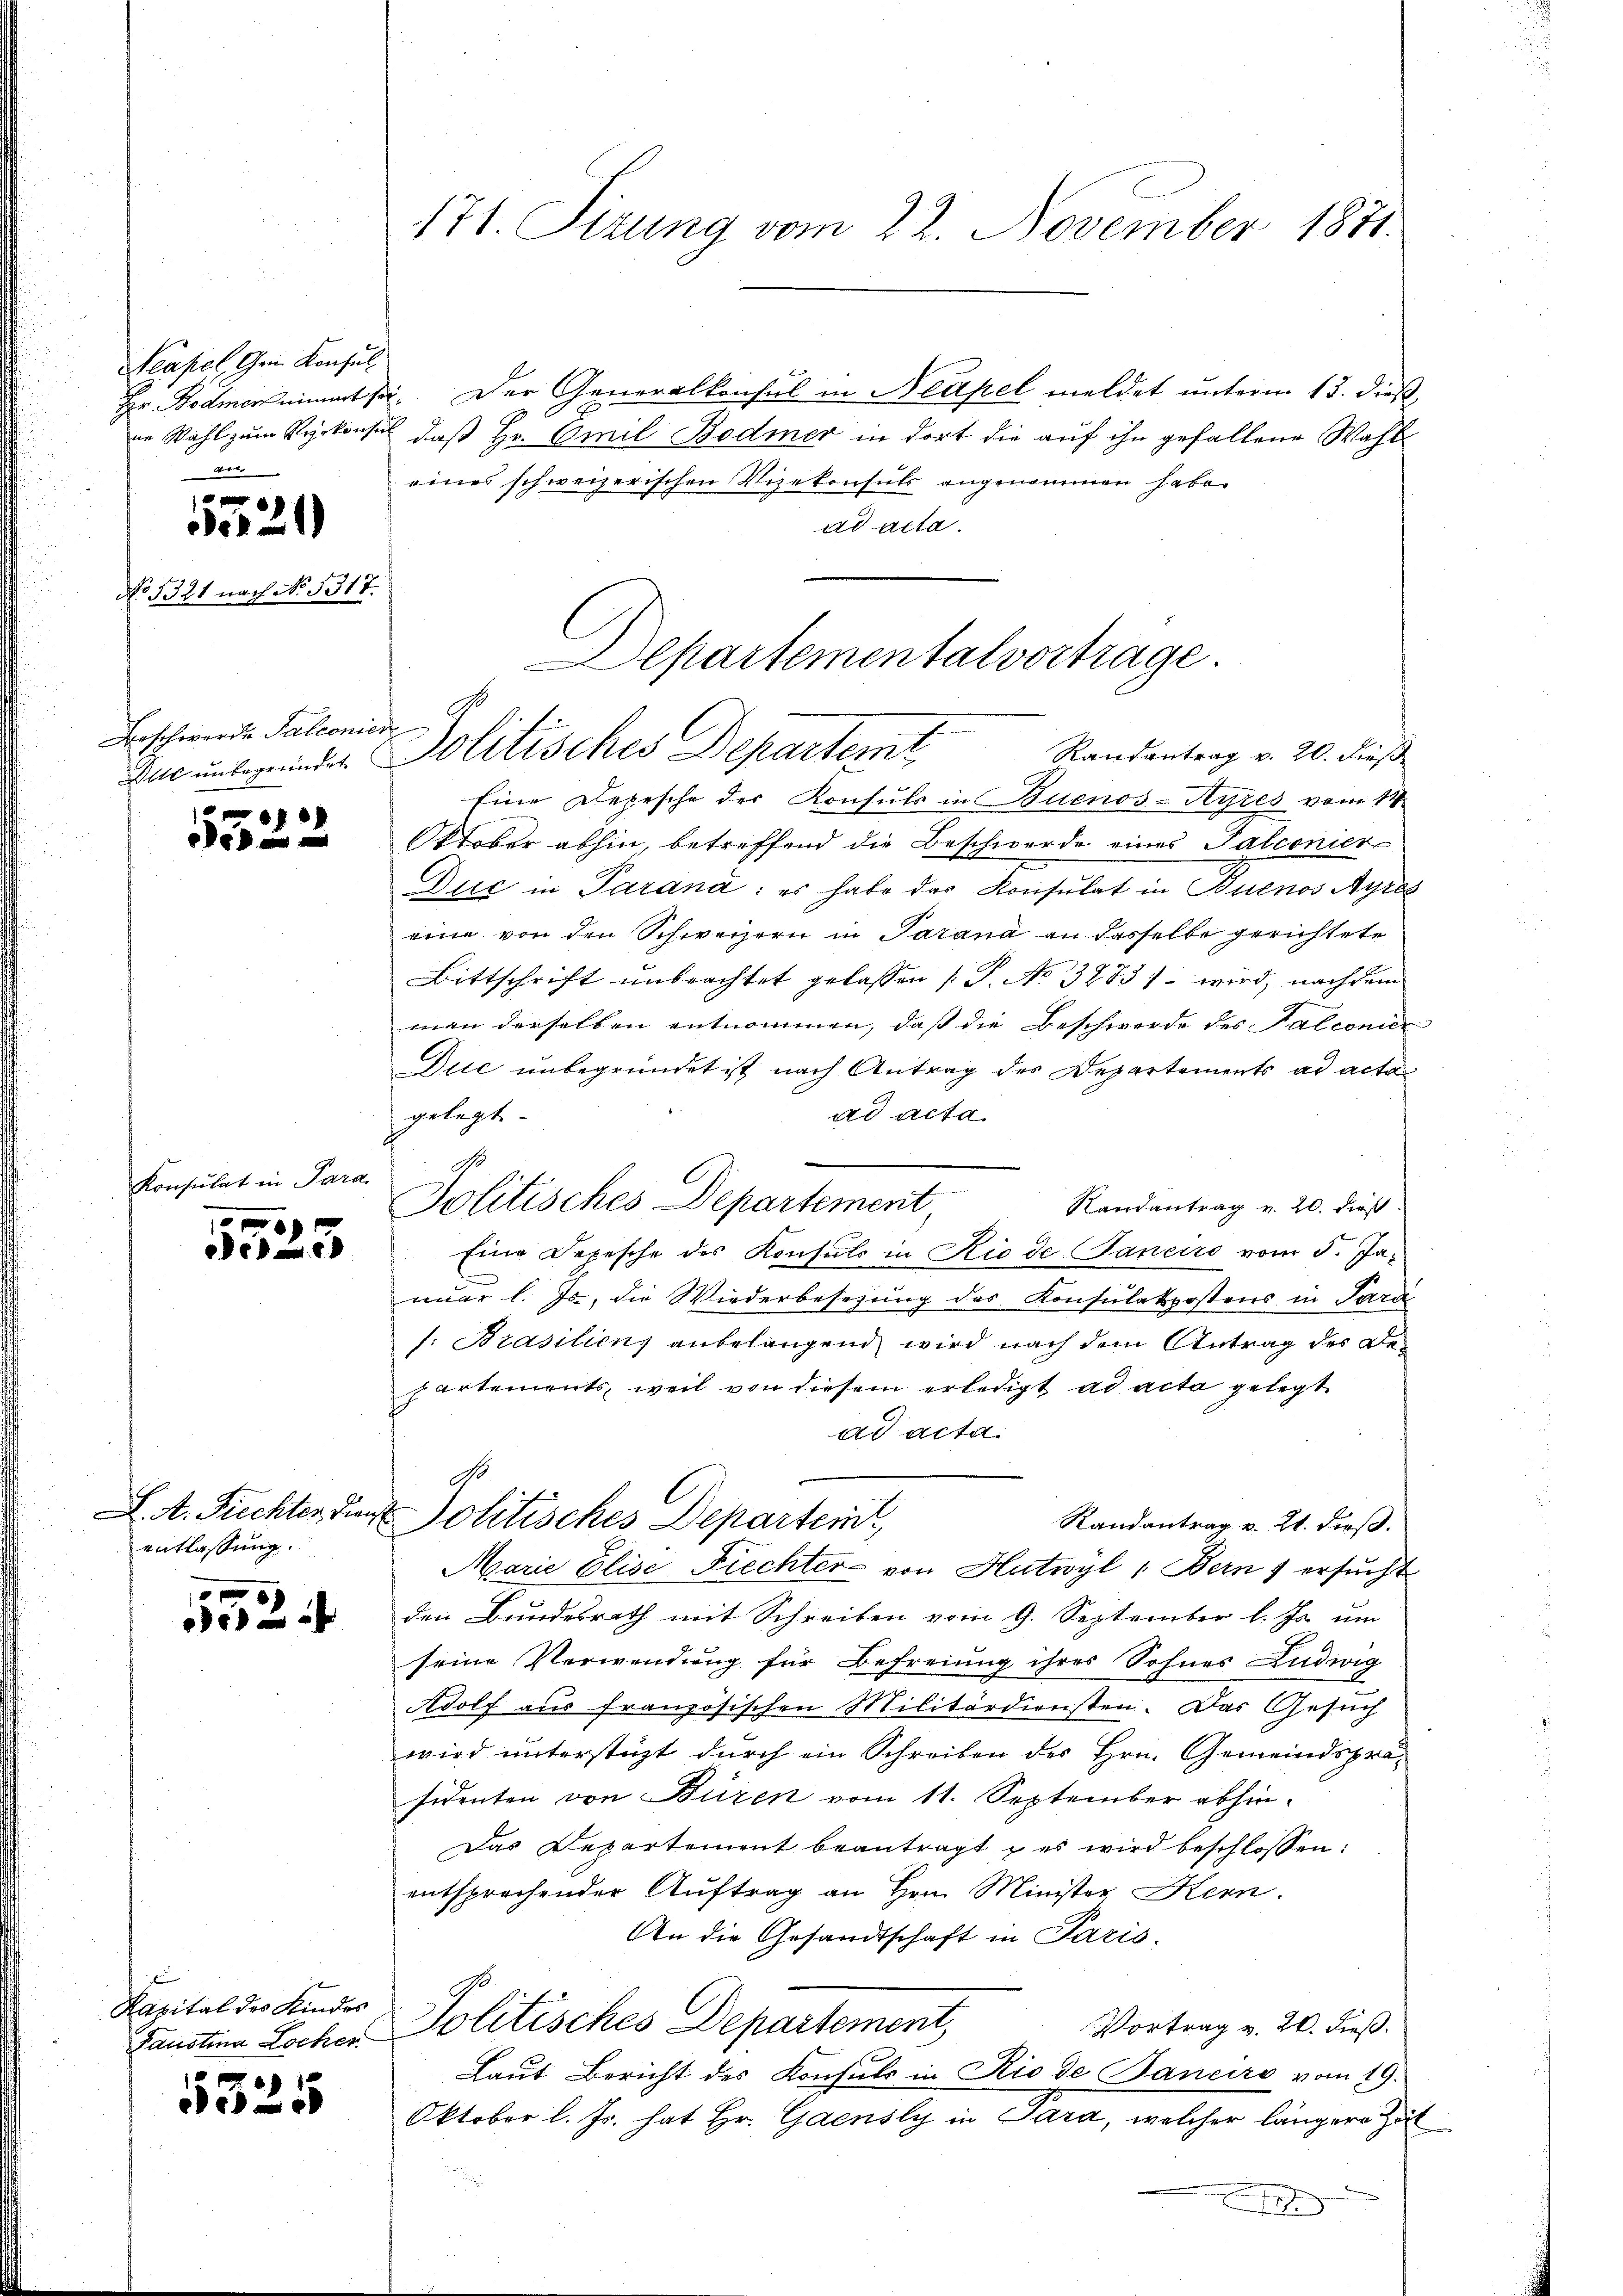
Neapel Gein Konsul
Hr Bodmer einert ihr
Wer

No 1321 nach No 1317.

Den 21

Beschwerde Talionier

f
e

Präsident in Para

e

L. A. Fiechter dien
entlassung.

0
e

Käsital des Kindes
Faustina Locker

¬
e

171. Sitzung vom 22. November 1871.

Departementalvertrage.
Randantrag v. 20. dieß
Zuc unbegründet. Politisches Departemt

u. Der Generalkonsul in Neapel meldet unterm 13. dieß,
ne Wahl zum Rykonsul, daß Hr. Emil Bodmer in dort die auf ihn gefallene Wahl
eines schweizerischen Vizekonsuls angenommen habe.
ad acta.
f
Eine Depesche der Konsuls in Buenos-Ayres vom 14.
Oktober abhin, betreffend die Beschwerde eines Palconier
Dur in Parana: es habe des Konsulat in Buenos Ayres
eine von den Schweizern in Parana an dasselbe gerichtete
Bittschrift unbrachtet gelassen (S. No. 3283) – wird, nach dem
man derselben entnommen, daß die Beschwerde des Salconier
Duc unbegründet ist nach Antrag des Departements ad acta
ad acta.
gelegt.
Politisches Departement,
Randantrag v. 20. dieß
Eine Depesche des Konsuls in Rio de Janeiro vom 5. Januar l. Js., die Wiederbesezung des Konsulatspostens in Para
/: Brasilienz anbelangend wird nach dem Antrag des Bepartements, weil von diesem erledigt ad acta gelegt
ad acta.
Go
Jolitisches Departei
Randantrag v. 21. dieß.
Marie Elise Fiechter von Hutwyl (Bern ersucht
den Bundesrath mit Schreiben vom 9. September l. Js. um
seine Verwendung für Befreiung ihres Sohnes Ludwig
Adolf aus französischen Militärdiensten. Das Gesuch
wird unterstüzt durch ein Schreiben des Hrn. Gemeindspräsidenten von Büren vom 11. September abhin¬
Das Departement beantragt & es wird beschlossen:
entsprechender Auftrag an Hrn. Minister Kenn
An die Gesandtschaft in Paris
Politisches Departement,
Vortrag v. 26. dieß.
Laut Bericht des Konsuls in Rio de Bancire vom 19.
Oktober l. Js. hat Hr. Gaensly in Sara, welcher längere Zeit
1